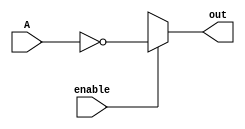
`timescale 1ns / 1ps
//////////////////////////////////////////////////////////////////////////////////
// Company: 
// Engineer: 
// 
// Design Name: 
// Module Name: complementer
// Project Name: 
// Target Devices: 
// Tool Versions: 
// Description: 
// 
// Dependencies: 
// 
// Revision:
// Revision 0.01 - File Created
// Additional Comments:
// 
//////////////////////////////////////////////////////////////////////////////////


module complementer (output reg [3:0] out, input [3:0] A, input enable);
always@(enable or A) 
begin
out = 4'bxxxx;
	if(enable)
		 out=~A;
end
endmodule